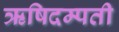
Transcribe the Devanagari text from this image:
ऋषिदम्पती